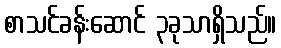
စာသင်ခန်းဆောင် ၃ခုသာရှိသည်။